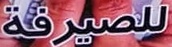
للصيرفة